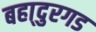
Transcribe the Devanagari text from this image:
बहा्दुरगड